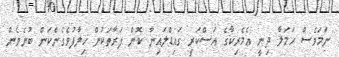
ނަމަވެސް ހަމަލާ ދިނީ އެމެރިކާގެ އަސްކަރީ ގައިޑްލައިނާ ކޮން ފަރާތަކުން ޚިލާފުވެގެންކަން ބުނެވެން